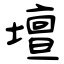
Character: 壇